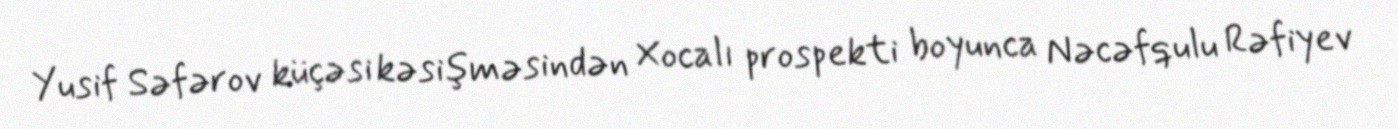
Yusif Səfərov küçəsi kəsişməsindən Xocalı prospekti boyunca Nəcəfqulu Rəfiyev